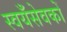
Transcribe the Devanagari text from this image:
स्वयँसेवकों